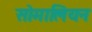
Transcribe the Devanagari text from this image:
सोमालियन